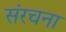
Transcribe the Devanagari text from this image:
संंरचना